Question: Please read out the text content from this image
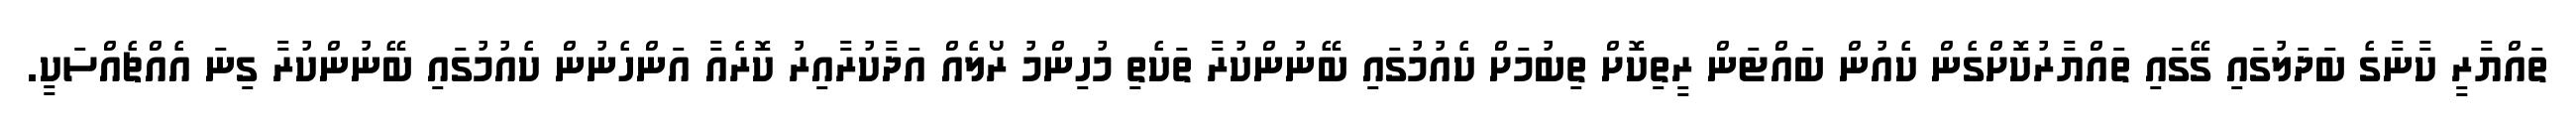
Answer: ތައްޔާރީ ކާނާގެ ބަދަލުގައި ގޭގައި ތައްޔާރުކޮށްގެން ކެއުން ބައްޓަން ރީތިކޮށް ތިބުމަށް ކެއުމުގައި ބޭނުންކުރާ ތަކެތި މުހިންމު ރޯލެއް އަދާކުރާއިރު ކޮރެއާ އަންހެނުން ކެއުމުގައި ބޭނުންކުރާ ގިނަ އެއްޗެއްސަކީ.